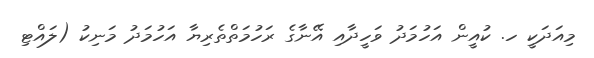
މިއަދަކީ ހ. ކުއީން އަހުމަދު ވަހީދާއި އޭނާގެ ރަހުމަތްތެރިޔާ އަހުމަދު މަނިކު (ލައްޓި